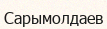
Сарымолдаев